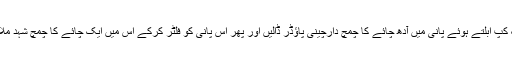
ایک کپ ابلتے ہوئے پانی میں آدھ چائے کا چمچ دارچینی پاﺅڈر ڈالیں اور پھر اس پانی کو فلٹر کرکے اس میں ایک چائے کا چمچ شہد ملائیں۔